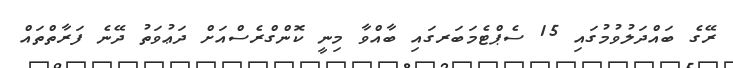
ރޭގެ ބައްދަލުވުމުގައި 15 ސެޕްޓެމަބަރގައި ބާއްވާ މިނީ ކޮންގްރެސްއަށް ދަޢުވަތު ދޭނެ ފަރާތްތައް